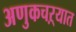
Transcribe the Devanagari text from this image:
अणुकचऱ्यात